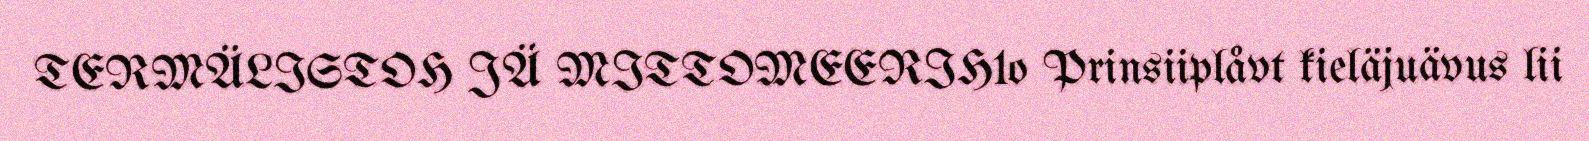
TERMÄLISTOH JÄ MITTOMEERIH1o Prinsiiplåvt kieläjuävus lii